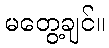
မတွေ့ချင်။